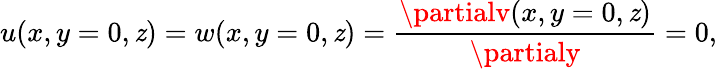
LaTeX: u(x,y=0,\mathit{z})=w(x,y=0,\mathit{z})=\frac{{\partialv(x,y=0,\mathit{z})}}{{\partialy}}=0,